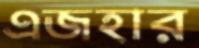
এজহার